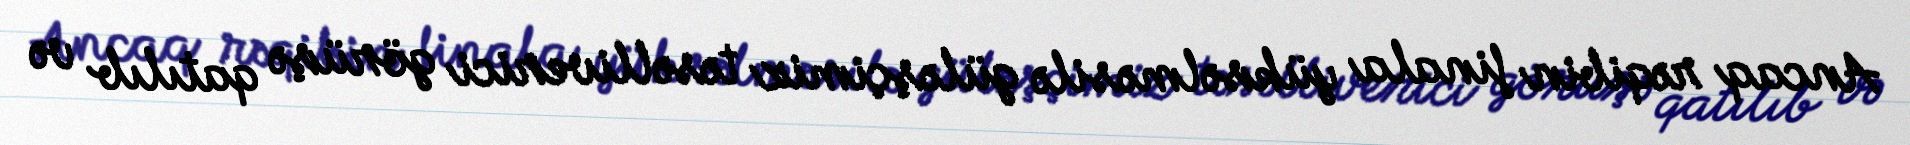
Ancaq rəqibin finala yüksəlməsilə güləşçimiz təsəlliverici görüşə qatılıb və